Indian journal of veterinary science and animal husbandry - Volume 11,
Year: 1941
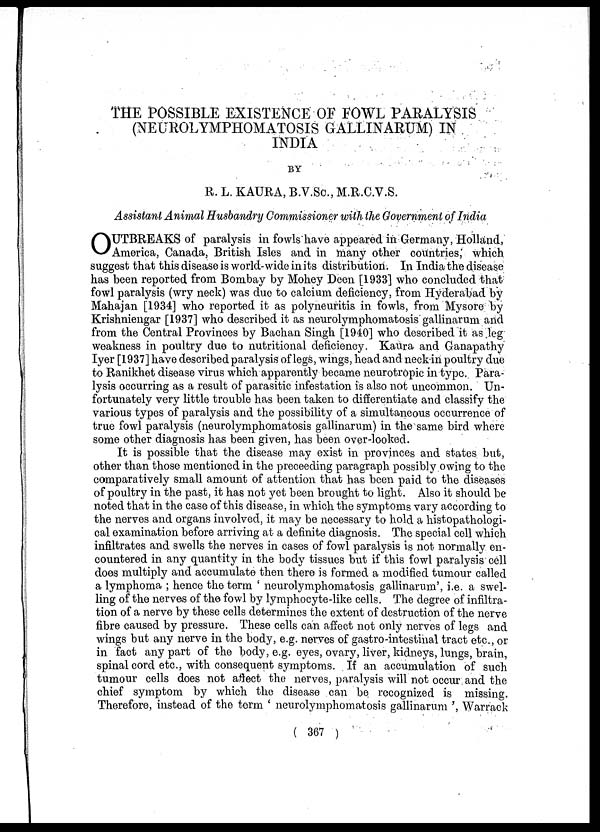
THE POSSIBLE EXISTENCE OF FOWL PARALYSIS
(NEUROLYMPHOMATOSIS GALLINARUM) IN
INDIA
BY
R. L. KAURA, B.V.Sc., M.R.C.V.S.
Assistant Animal Husbandry Commissioner with the Government of India
O UTBREAKS of paralysis in fowls have appeared in Germany, Holland,
America, Canada, British Isles and in many other countries, which
suggest that this disease is world-wide in its distribution. In India the disease
has been reported from Bombay by Mohey Deen [1933] who concluded that
fowl paralysis (wry neck) was due to calcium deficiency, from Hyderabad by
Mahajan [1934] who reported it as polyneuritis in fowls, from Mysore by
Krishniengar [1937] who described it as neurolymphomatosis gallinarum and
from the Central Provinces by Bachan Singh [1940] who described it as leg
weakness in poultry due to nutritional deficiency. Kaura and Ganapathy
Iyer [1937] have described paralysis of legs, wings, head and neck in poultry due
to Ranikhet disease virus which apparently became neurotropic in type. Para-
lysis occurring as a result of parasitic infestation is also not uncommon. Un-
fortunately very little trouble has been taken to differentiate and classify the
various types of paralysis and the possibility of a simultaneous occurrence of
true fowl paralysis (neurolymphomatosis gallinarum) in the same bird where
some other diagnosis has been given, has been over-looked.
It is possible that the disease may exist in provinces and states but,
other than those mentioned in the preceeding paragraph possibly owing to the
comparatively small amount of attention that has been paid to the diseases
of poultry in the past, it has not yet been brought to light. Also it should be
noted that in the case of this disease, in which the symptoms vary according to
the nerves and organs involved, it may be necessary to hold a histopathologi-
cal examination before arriving at a definite diagnosis. The special cell which
infiltrates and swells the nerves in cases of fowl paralysis is not normally en-
countered in any quantity in the body tissues but if this fowl paralysis cell
does multiply and accumulate then there is formed a modified tumour called
a lymphoma ; hence the term ' neurolymphomatosis gallinarum', i.e. a swel-
ling of the nerves of the fowl by lymphocyte-like cells. The degree of infiltra-
tion of a nerve by these cells determines the extent of destruction of the nerve
fibre caused by pressure. These cells can affect not only nerves of legs and
wings but any nerve in the body, e.g. nerves of gastro-intestinal tract etc., or
in fact any part of the body, e.g. eyes, ovary, liver, kidneys, lungs, brain,
spinal cord etc., with consequent symptoms. If an accumulation of such
tumour cells does not affect the nerves, paralysis will not occur and the
chief symptom by which the disease can be recognized is missing.
Therefore, instead of the term ' neurolymphomatosis gallinarum ', Warrack
( 367 )